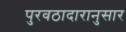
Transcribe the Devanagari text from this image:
पुरवठादारानुसार